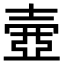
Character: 𡔳